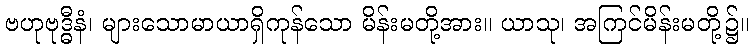
ဗဟုဗုဒ္ဓီနံ၊ များသောမာယာရှိကုန်သော မိန်းမတို့အား။ ယာသု၊ အကြင်မိန်းမတို့၌။